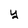
Character: y